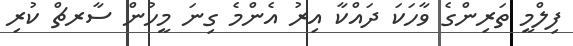
ފިލްމީ ތަރިންގެ ވާހަކަ ދައްކާ އިރު އެންމެ ގިނަ މީހުން ސާރޗް ކުރި